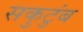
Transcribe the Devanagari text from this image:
सकुटुंब